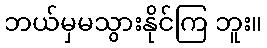
ဘယ်မှမသွားနိုင်ကြ ဘူး။